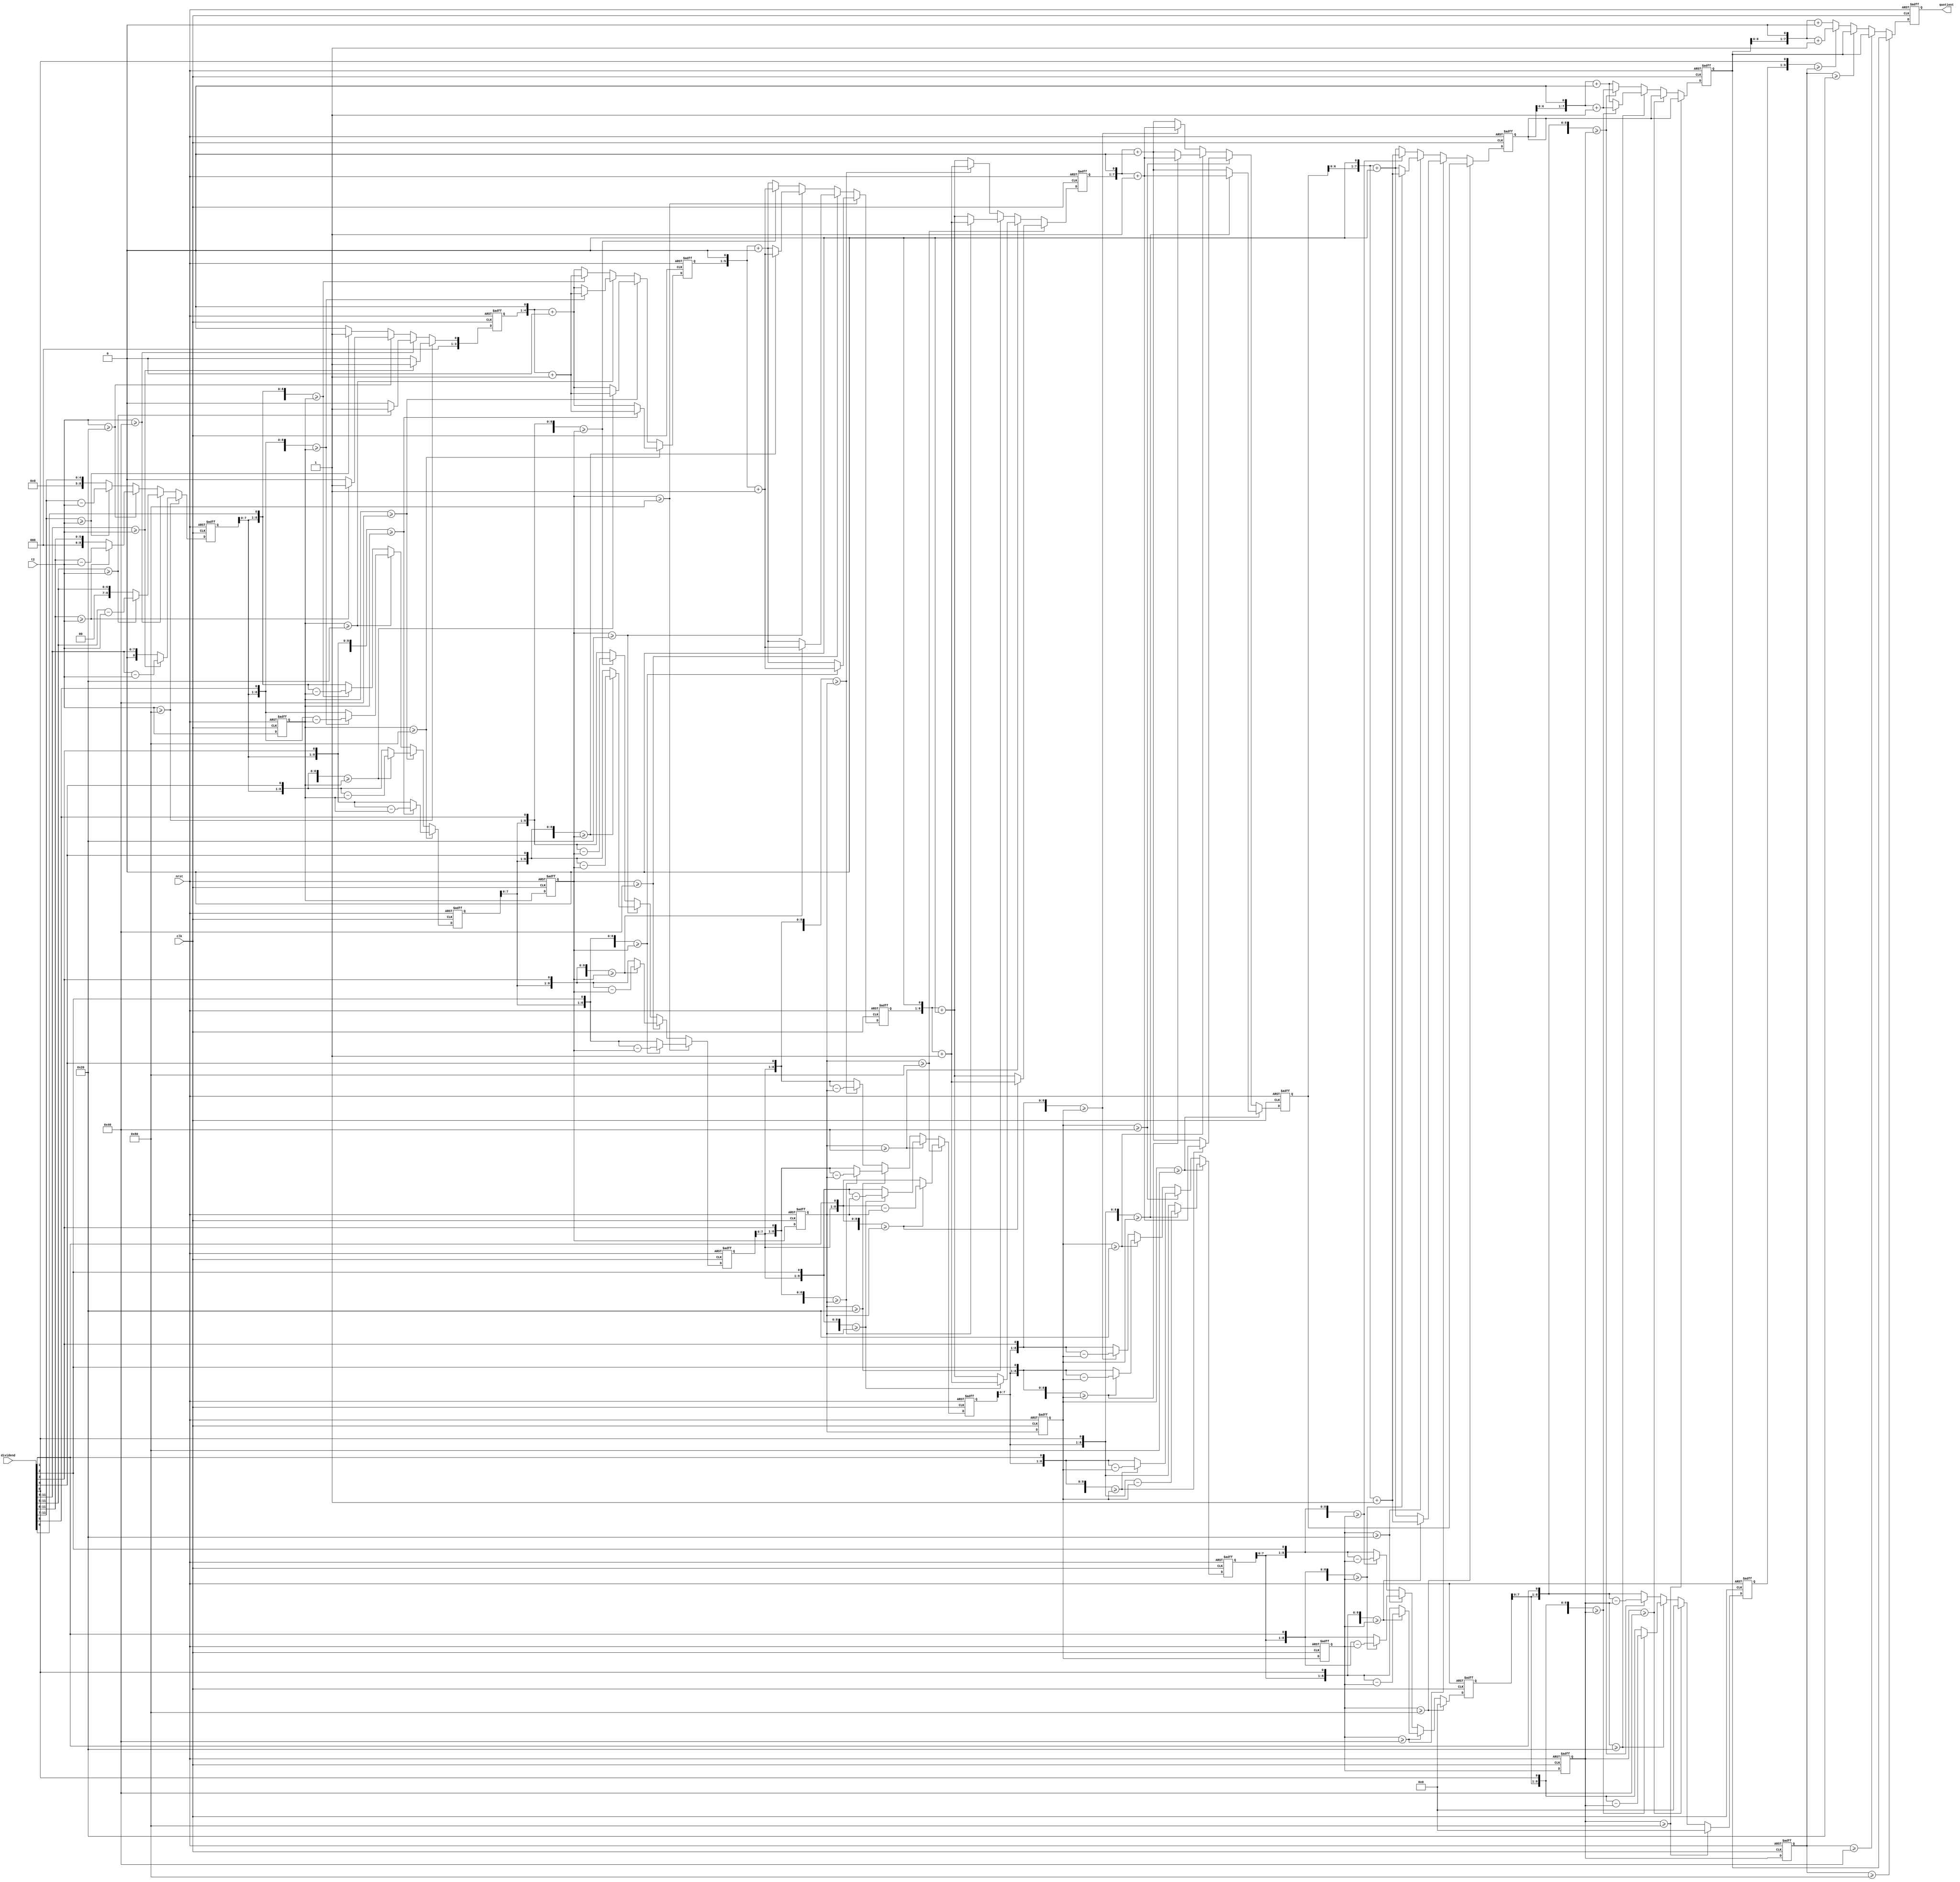
module divider_for_defog(
	input	[7:0]	t2,
	input	[11:0]	dividend,
	input	clk,
	input	nrst,
	output	[7:0]	quotient
);
reg	[8:0]	step1,step2,step3,step4,step5,step6,step7,step8;
reg	[7:0]	results1,results2,results3,results4,results5,results6,results7,results8;
reg	[7:0]	t2_r1,t2_r2,t2_r3,t2_r4,t2_r5,t2_r6,t2_r7,t2_r8;
always@(posedge clk or negedge nrst)begin
	if(!nrst)	begin
		step1	<=	8'd0;
		results1	<=	8'd0;
		t2_r1	<=	8'd0;
	end
	else if(t2	>=	8'd128)begin
		step1	<=	(dividend[11:4]	>=	t2)	?	(dividend[11:4]	-	t2)	:	dividend[11:4];
		results1	<=	(dividend[11:4]	>=	t2)	?	1'b1	:	1'b0;
		t2_r1	<=	t2;
	end
	else if(t2	>=	8'd64)begin
		step1	<=	(dividend[11:5]	>=	t2)	?	(dividend[11:5]	-	t2)	:	dividend[11:5];
		results1	<=	(dividend[11:5]	>=	t2)	?	1'b1	:	1'b0;
		t2_r1	<=	t2;
	end
	else if(t2	>=	8'd32)begin
		step1	<=	(dividend[11:6]	>=	t2)	?	(dividend[11:6]	-	t2)	:	dividend[11:6];
		results1	<=	(dividend[11:6]	>=	t2)	?	1'b1	:	1'b0;
		t2_r1	<=	t2;		
	end
	else begin
		step1	<=	(dividend[11:7]	>=	t2)	?	(dividend[11:7]	-	t2)	:	dividend[11:7];
		results1	<=	(dividend[11:7]	>=	t2)	?	1'b1	:	1'b0;
		t2_r1	<=	t2;		
	end
end

always@(posedge clk or negedge nrst)begin
	if(!nrst)	begin
		step2	<=	8'd0;
		results2	<=	8'd0;
		t2_r2	<=	8'd0;
	end
	else if(t2_r1	>=	8'd128)begin
		step2	<=	({step1,dividend[3]}	>=	t2_r1)	?	({step1,dividend[3]}	-	t2_r1)	:	{step1,dividend[3]};
		results2	<=	({step1,dividend[3]}	>=	t2_r1)	?	(results1 << 1)+1'b1	:	(results1 << 1)+1'b0;
		t2_r2	<=	t2_r1;
	end
	else if(t2_r1	>=	8'd64)begin
		step2	<=	({step1,dividend[4]}	>=	t2_r1)	?	({step1,dividend[4]}	-	t2_r1)	:	{step1,dividend[4]};
		results2	<=	({step1,dividend[4]}	>=	t2_r1)	?	(results1 << 1)+1'b1	:	(results1 << 1)+1'b0;
		t2_r2	<=	t2_r1;
	end
	else if(t2_r1	>=	8'd32)begin
		step2	<=	({step1,dividend[5]}	>=	t2_r1)	?	({step1,dividend[5]}	-	t2_r1)	:	{step1,dividend[5]};
		results2	<=	({step1,dividend[5]}	>=	t2_r1)	?	(results1 << 1)+1'b1	:	(results1 << 1)+1'b0;
		t2_r2	<=	t2_r1;	
	end
	else begin
		step2	<=	({step1,dividend[6]}	>=	t2_r1)	?	({step1,dividend[6]}	-	t2_r1)	:	{step1,dividend[6]};
		results2	<=	({step1,dividend[6]}	>=	t2_r1)	?	(results1 << 1)+1'b1	:	(results1 << 1)+1'b0;
		t2_r2	<=	t2_r1;	
	end
end

always@(posedge clk or negedge nrst)begin
	if(!nrst)	begin
		step3	<=	8'd0;
		results3	<=	8'd0;
		t2_r3	<=	8'd0;
	end
	else if(t2_r2	>=	8'd128)begin
		step3	<=	({step2,dividend[2]}	>=	t2_r2)	?	({step2,dividend[2]}	-	t2_r2)	:	{step2,dividend[2]};
		results3	<=	({step2,dividend[2]}	>=	t2_r2)	?	(results2 << 1)+1'b1	:	(results2 << 1)+1'b0;
		t2_r3	<=	t2_r2;
	end
	else if(t2_r2	>=	8'd64)begin
		step3	<=	({step2,dividend[3]}	>=	t2_r2)	?	({step2,dividend[3]}	-	t2_r2)	:	{step2,dividend[3]};
		results3	<=	({step2,dividend[3]}	>=	t2_r2)	?	(results2 << 1)+1'b1	:	(results2 << 1)+1'b0;
		t2_r3	<=	t2_r2;
	end
	else if(t2_r2	>=	8'd32)begin
		step3	<=	({step2,dividend[4]}	>=	t2_r2)	?	({step2,dividend[4]}	-	t2_r2)	:	{step2,dividend[4]};
		results3	<=	({step2,dividend[4]}	>=	t2_r2)	?	(results2 << 1)+1'b1	:	(results2 << 1)+1'b0;
		t2_r3	<=	t2_r2;
	end
	else begin
		step3	<=	({step2,dividend[5]}	>=	t2_r2)	?	({step2,dividend[5]}	-	t2_r2)	:	{step2,dividend[5]};
		results3	<=	({step2,dividend[5]}	>=	t2_r2)	?	(results2 << 1)+1'b1	:	(results2 << 1)+1'b0;
		t2_r3	<=	t2_r2;
	end
end

always@(posedge clk or negedge nrst)begin
	if(!nrst)	begin
		step4	<=	8'd0;
		results4	<=	8'd0;
		t2_r4	<=	8'd0;
	end
	else if(t2_r3	>=	8'd128)begin
		step4	<=	({step3,dividend[1]}	>=	t2_r3)	?	({step3,dividend[1]}	-	t2_r3)	:	{step3,dividend[1]};
		results4	<=	({step3,dividend[1]}	>=	t2_r3)	?	(results3 << 1)+1'b1	:	(results3 << 1)+1'b0;
		t2_r4	<=	t2_r3;
	end
	else if(t2_r3	>=	8'd64)begin
		step4	<=	({step3,dividend[2]}	>=	t2_r3)	?	({step3,dividend[2]}	-	t2_r3)	:	{step3,dividend[2]};
		results4	<=	({step3,dividend[2]}	>=	t2_r3)	?	(results3 << 1)+1'b1	:	(results3 << 1)+1'b0;
		t2_r4	<=	t2_r3;
	end
	else if(t2_r3	>=	8'd32)begin
		step4	<=	({step3,dividend[3]}	>=	t2_r3)	?	({step3,dividend[3]}	-	t2_r3)	:	{step3,dividend[3]};
		results4	<=	({step3,dividend[3]}	>=	t2_r3)	?	(results3 << 1)+1'b1	:	(results3 << 1)+1'b0;
		t2_r4	<=	t2_r3;
	end
	else begin
		step4	<=	({step3,dividend[4]}	>=	t2_r3)	?	({step3,dividend[4]}	-	t2_r3)	:	{step3,dividend[4]};
		results4	<=	({step3,dividend[4]}	>=	t2_r3)	?	(results3 << 1)+1'b1	:	(results3 << 1)+1'b0;
		t2_r4	<=	t2_r3;
	end
end

always@(posedge clk or negedge nrst)begin
	if(!nrst)	begin
		step5	<=	8'd0;
		results5	<=	8'd0;
		t2_r5	<=	8'd0;
	end
	else if(t2_r4	>=	8'd128)begin
		step5	<=	({step4,dividend[0]}	>=	t2_r4)	?	({step4,dividend[0]}	-	t2_r4)	:	{step4,dividend[0]};
		results5	<=	({step4,dividend[0]}	>=	t2_r4)	?	(results4 << 1)+1'b1	:	(results4 << 1)+1'b0;
		t2_r5	<=	t2_r4;
	end
	else if(t2_r4	>=	8'd64)begin
		step5	<=	({step4,dividend[1]}	>=	t2_r4)	?	({step4,dividend[1]}	-	t2_r4)	:	{step4,dividend[1]};
		results5	<=	({step4,dividend[1]}	>=	t2_r4)	?	(results4 << 1)+1'b1	:	(results4 << 1)+1'b0;
		t2_r5	<=	t2_r4;
	end
	else if(t2_r4	>=	8'd32)begin
		step5	<=	({step4,dividend[2]}	>=	t2_r4)	?	({step4,dividend[2]}	-	t2_r4)	:	{step4,dividend[2]};
		results5	<=	({step4,dividend[2]}	>=	t2_r4)	?	(results4 << 1)+1'b1	:	(results4 << 1)+1'b0;
		t2_r5	<=	t2_r4;
	end
	else begin
		step5	<=	({step4,dividend[3]}	>=	t2_r4)	?	({step4,dividend[3]}	-	t2_r4)	:	{step4,dividend[3]};
		results5	<=	({step4,dividend[3]}	>=	t2_r4)	?	(results4 << 1)+1'b1	:	(results4 << 1)+1'b0;
		t2_r5	<=	t2_r4;
	end
end

always@(posedge clk or negedge nrst)begin
	if(!nrst)	begin
		step6	<=	8'd0;
		results6	<=	8'd0;
		t2_r6	<=	8'd0;
	end
	else if(t2_r5	>=	8'd128)begin
		step6	<=	9'd0;
		results6	<=	results5;
		t2_r6	<=	t2_r5;
	end
	else if(t2_r5	>=	8'd64)begin
		step6	<=	({step5,dividend[0]}	>=	t2_r5)	?	({step5,dividend[0]}	-	t2_r5)	:	{step5,dividend[0]};
		results6	<=	({step5,dividend[0]}	>=	t2_r5)	?	(results5 << 1)+1'b1	:	(results5 << 1)+1'b0;
		t2_r6	<=	t2_r5;
	end
	else if(t2_r5	>=	8'd32)begin
		step6	<=	({step5,dividend[1]}	>=	t2_r5)	?	({step5,dividend[1]}	-	t2_r5)	:	{step5,dividend[1]};
		results6	<=	({step5,dividend[1]}	>=	t2_r5)	?	(results5 << 1)+1'b1	:	(results5 << 1)+1'b0;
		t2_r6	<=	t2_r5;
	end
	else begin
		step6	<=	({step5,dividend[2]}	>=	t2_r5)	?	({step5,dividend[2]}	-	t2_r5)	:	{step5,dividend[2]};
		results6	<=	({step5,dividend[2]}	>=	t2_r5)	?	(results5 << 1)+1'b1	:	(results5 << 1)+1'b0;
		t2_r6	<=	t2_r5;
	end
end

always@(posedge clk or negedge nrst)begin
	if(!nrst)	begin
		step7	<=	8'd0;
		results7	<=	8'd0;
		t2_r7	<=	8'd0;
	end
	else if(t2_r6	>=	8'd128)begin
		step7	<=	9'd0;
		results7	<=	results6;
		t2_r7	<=	t2_r6;
	end
	else if(t2_r6	>=	8'd64)begin
		step7	<=	9'd0;
		results7	<=	results6;
		t2_r7	<=	t2_r6;
	end
	else if(t2_r6	>=	8'd32)begin
		step7	<=	({step6,dividend[0]}	>=	t2_r6)	?	({step6,dividend[0]}	-	t2_r6)	:	{step6,dividend[0]};
		results7	<=	({step6,dividend[0]}	>=	t2_r6)	?	(results6 << 1)+1'b1	:	(results6 << 1)+1'b0;
		t2_r7	<=	t2_r6;
	end
	else begin
		step7	<=	({step6,dividend[1]}	>=	t2_r6)	?	({step6,dividend[1]}	-	t2_r6)	:	{step6,dividend[1]};
		results7	<=	({step6,dividend[1]}	>=	t2_r6)	?	(results6 << 1)+1'b1	:	(results6 << 1)+1'b0;
		t2_r7	<=	t2_r6;
	end
end

always@(posedge clk or negedge nrst)begin
	if(!nrst)	begin
		step8	<=	8'd0;
		results8	<=	8'd0;
		t2_r8	<=	8'd0;
	end
	else if(t2_r7	>=	8'd128)begin
		step8	<=	9'd0;
		results8	<=	results7;
		t2_r8	<=	t2_r7;
	end
	else if(t2_r7	>=	8'd64)begin
		step8	<=	9'd0;
		results8	<=	results7;
		t2_r8	<=	t2_r7;
	end
	else if(t2_r7	>=	8'd32)begin
		step8	<=	9'd0;
		results8	<=	results7;
		t2_r8	<=	t2_r7;
	end
	else begin
		step8	<=	({step7,dividend[0]}	>=	t2_r7)	?	({step7,dividend[0]}	-	t2_r7)	:	{step7,dividend[0]};
		results8	<=	({step7,dividend[0]}	>=	t2_r7)	?	(results7 << 1)+1'b1	:	(results7 << 1)+1'b0;
		t2_r8	<=	t2_r7;
	end
end
assign	quotient	=	results8;

endmodule